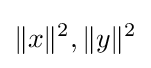
\|x\|^{2},\|y\|^{2}